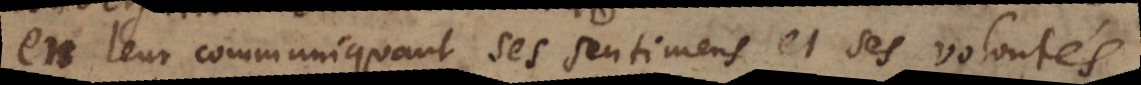
en leur communiquant ses sentimens et ses volontés